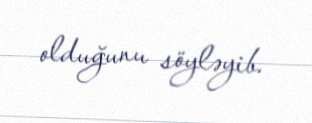
olduğunu söyləyib.